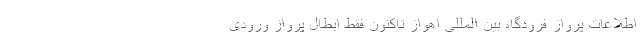
اطلاعات پرواز فرودگاه بین المللی اهواز تاکنون فقط ابطال پرواز ورودی